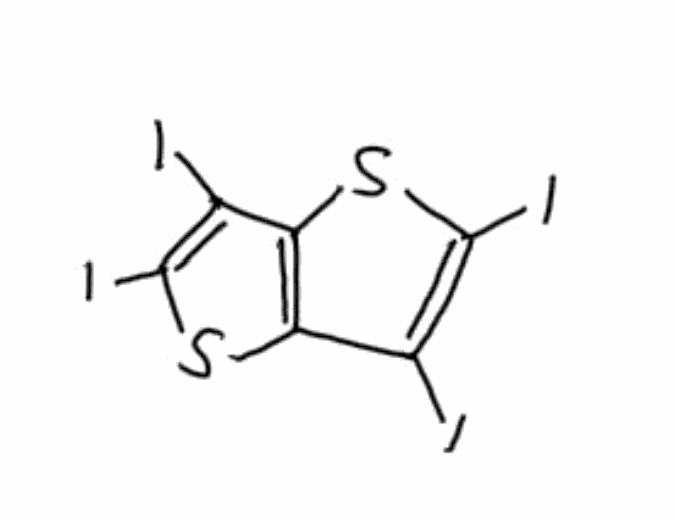
Simplified molecular-input line-entry system (SMILES) notation of the given molecule:
C12=C(C(=C(S1)I)I)SC(=C2I)I